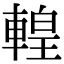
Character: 𨍧